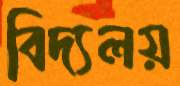
বিদ্যলয়